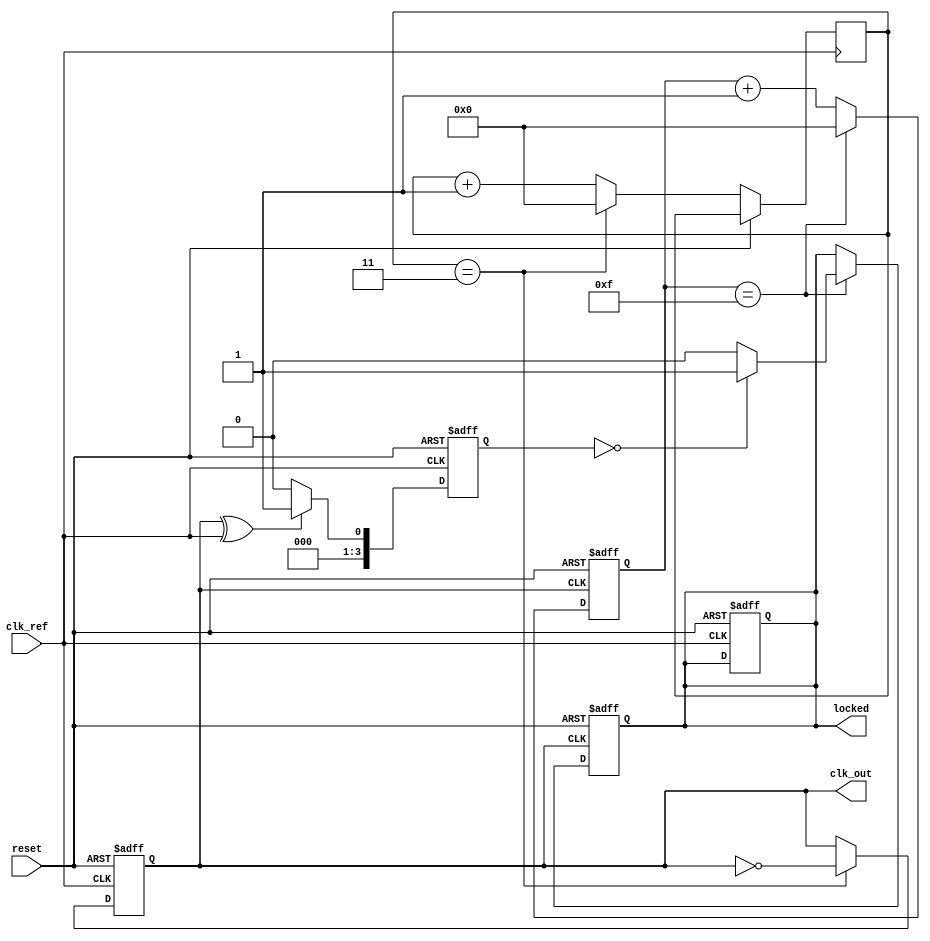
module dual_loop_pll (
    input wire clk_ref,          // Reference clock input
    input wire reset,            // Reset signal
    output reg clk_out,          // Output clock signal
    output reg locked            // Lock status
);

    // Parameters for the PLL
    parameter integer INNER_DIV = 4; // Inner loop frequency divider
    parameter integer OUTER_DIV = 16; // Outer loop frequency divider
    parameter integer VCO_MAX_FREQ = 100; // Max VCO frequency
    parameter integer VCO_MIN_FREQ = 10;  // Min VCO frequency

    // Internal signals
    reg [3:0] phase_error;         // Phase error signal from PD
    reg [7:0] control_voltage;      // Control voltage for VCO
    reg [3:0] vco_freq;             // Current VCO frequency
    reg [3:0] inner_counter;        // Inner loop counter
    reg [3:0] outer_counter;        // Outer loop counter
    reg vco_enable;                 // VCO enable signal

    // Phase Detector (PD)
    always @(posedge clk_ref or posedge reset) begin
        if (reset) begin
            phase_error <= 0;
        end else begin
            // Simple phase detector logic (XOR for phase comparison)
            phase_error <= (clk_out ^ clk_ref) ? 1 : 0;
        end
    end

    // Loop Filter (LF)
    always @(posedge clk_ref or posedge reset) begin
        if (reset) begin
            control_voltage <= 0;
        end else begin
            // Simple low-pass filter (integrator)
            control_voltage <= control_voltage + phase_error;
            // Clamp control voltage to VCO frequency range
            if (control_voltage > VCO_MAX_FREQ)
                control_voltage <= VCO_MAX_FREQ;
            else if (control_voltage < VCO_MIN_FREQ)
                control_voltage <= VCO_MIN_FREQ;
        end
    end

    // Voltage-Controlled Oscillator (VCO)
    always @(posedge clk_ref or posedge reset) begin
        if (reset) begin
            vco_freq <= VCO_MIN_FREQ; // Start at minimum frequency
            clk_out <= 0;
            locked <= 0;
        end else begin
            // Adjust VCO frequency based on control voltage
            vco_freq <= control_voltage;
            // Generate output clock based on VCO frequency
            if (inner_counter == (INNER_DIV - 1)) begin
                clk_out <= ~clk_out; // Toggle output clock
                inner_counter <= 0;
            end else begin
                inner_counter <= inner_counter + 1;
            end
        end
    end

    // Frequency Divider for Outer Loop
    always @(posedge clk_out or posedge reset) begin
        if (reset) begin
            outer_counter <= 0;
            locked <= 0;
        end else begin
            if (outer_counter == (OUTER_DIV - 1)) begin
                // Check for lock condition
                locked <= (phase_error == 0) ? 1 : 0;
                outer_counter <= 0;
            end else begin
                outer_counter <= outer_counter + 1;
            end
        end
    end

endmodule